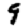
Digit: 9